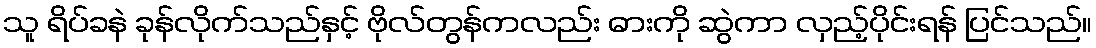
သူ ရိပ်ခနဲ ခုန်လိုက်သည်နှင့် ဗိုလ်တွန်ကလည်း ဓားကို ဆွဲကာ လှည့်ပိုင်းရန် ပြင်သည်။